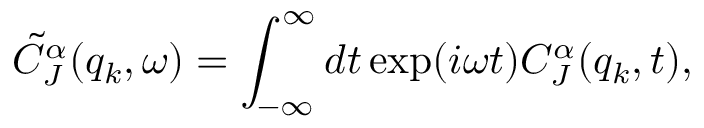
\tilde { C } _ { J } ^ { \alpha } ( q _ { k } , \omega ) = \int _ { - \infty } ^ { \infty } d t \exp ( i \omega t ) C _ { J } ^ { \alpha } ( q _ { k } , t ) ,